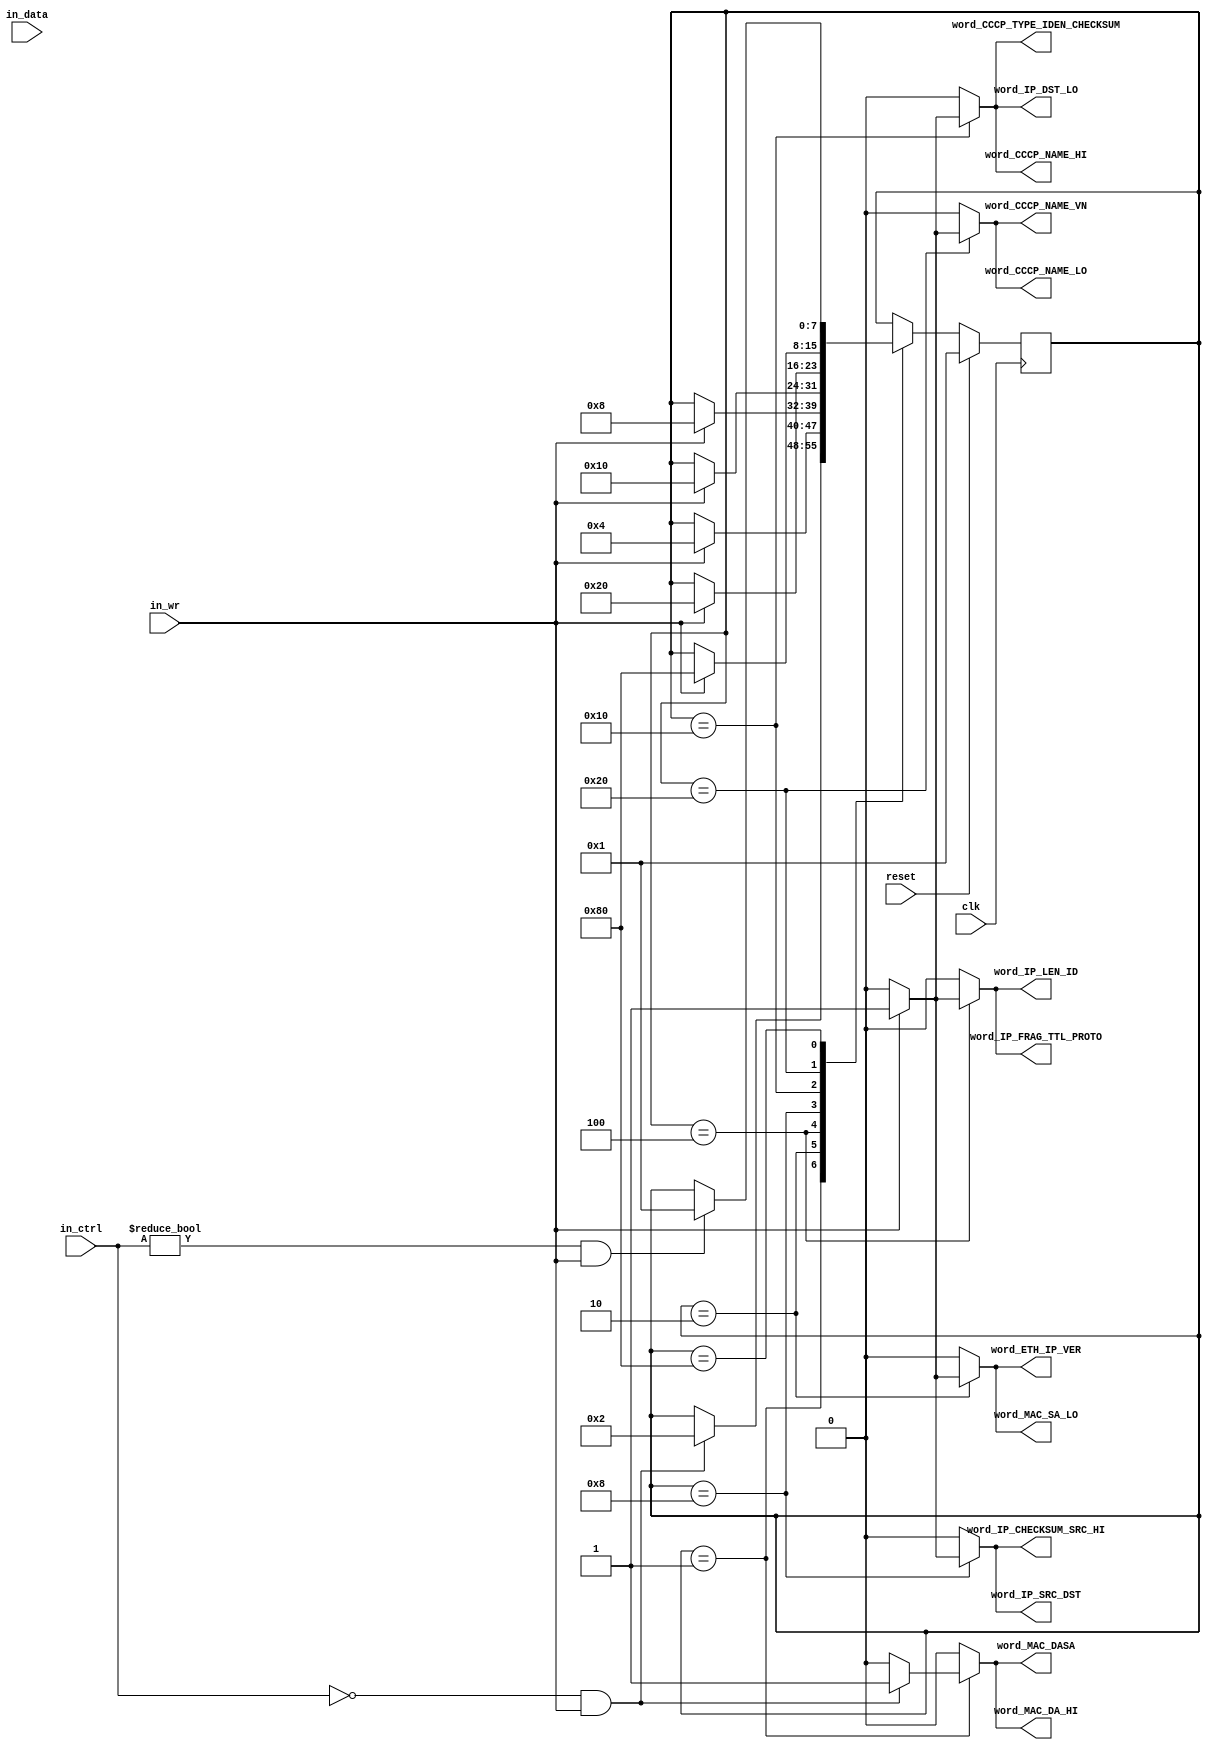
///////////////////////////////////////////////////////////////////////////////
// $Id: preprocess_control.v 1887 2007-06-19 21:33:32Z grg $
//
// Module: preprocess_control.v
// Project: NF2.1
// Description: asserts the appropriate signals for parsing the headers
// Modified for CCDN
///////////////////////////////////////////////////////////////////////////////

  module preprocess_control
    #(parameter DATA_WIDTH = 64,
      parameter CTRL_WIDTH = DATA_WIDTH/8
      )
   (// --- Interface to the previous stage
    input  [DATA_WIDTH-1:0]            in_data,
    input  [CTRL_WIDTH-1:0]            in_ctrl,
    input                              in_wr,		//previous stageinput_arbiter

    // --- Interface to other preprocess blocks
    output reg                         word_MAC_DA_HI,
    output reg                         word_MAC_DASA,
    output reg                         word_MAC_SA_LO,
    output reg                         word_ETH_IP_VER,
    output reg                         word_IP_LEN_ID,
    output reg                         word_IP_FRAG_TTL_PROTO,
    output reg                         word_IP_CHECKSUM_SRC_HI,
    output reg                         word_IP_SRC_DST,
    output reg                         word_IP_DST_LO,
    // --- CCDN
    output reg			       word_CCCP_TYPE_IDEN_CHECKSUM,
    output reg			       word_CCCP_NAME_HI,
    output reg			       word_CCCP_NAME_LO,
    output reg			       word_CCCP_NAME_VN,

    // --- Misc

    input                              reset,
    input                              clk
   );

   function integer log2;
      input integer number;
      begin
         log2=0;
         while(2**log2<number) begin
            log2=log2+1;
         end
      end
   endfunction // log2

   //------------------ Internal Parameter ---------------------------

   localparam SKIP_MODULE_HDRS = 1;
   localparam WORD_1           = 2;
   localparam WORD_2           = 4;
   localparam WORD_3           = 8;
   localparam WORD_4           = 16;
   localparam WORD_5           = 32;
   // --- CCDN
   localparam WORD_6	       = 64;
   localparam WAIT_EOP         = 128;

   //---------------------- Wires/Regs -------------------------------
   // --- CCDN
   reg [7:0]                            state, state_next;//6:0

   //------------------------ Logic ----------------------------------

   always @(*) begin
      state_next = state;
      word_MAC_DA_HI = 0;
      word_MAC_DASA  = 0;
      word_MAC_SA_LO = 0;
      word_ETH_IP_VER = 0;
      word_IP_LEN_ID = 0;
      word_IP_FRAG_TTL_PROTO = 0;
      word_IP_CHECKSUM_SRC_HI = 0;
      word_IP_SRC_DST = 0;
      word_IP_DST_LO = 0;
      // --- CCDN
      word_CCCP_TYPE_IDEN_CHECKSUM = 0;
      word_CCCP_NAME_HI = 0;
      word_CCCP_NAME_LO = 0;
      word_CCCP_NAME_VN = 0;

      case(state)
        SKIP_MODULE_HDRS: begin
           if(in_ctrl==0 && in_wr) begin
              word_MAC_DA_HI = 1;
              word_MAC_DASA  = 1;
              state_next     = WORD_1;
           end
        end

        WORD_1: begin
           if(in_wr) begin
              word_MAC_SA_LO = 1;
              word_ETH_IP_VER = 1;
              state_next = WORD_2;
           end
        end

        WORD_2: begin
           if(in_wr) begin
              word_IP_LEN_ID = 1;
              word_IP_FRAG_TTL_PROTO = 1;
              state_next = WORD_3;
           end
        end

        WORD_3: begin
           if(in_wr) begin
              word_IP_CHECKSUM_SRC_HI = 1;
              word_IP_SRC_DST = 1;
              state_next = WORD_4;
           end
        end

	WORD_4: begin
           if(in_wr) begin
              word_IP_DST_LO = 1;
	      // --- CCDN
	      word_CCCP_TYPE_IDEN_CHECKSUM = 1;
	      word_CCCP_NAME_HI = 1;
              state_next = WORD_5;
           end
        end

        WORD_5: begin
           if(in_wr) begin
	      // --- CCDN
              word_CCCP_NAME_LO = 1;
	      word_CCCP_NAME_VN = 1;
              state_next = WAIT_EOP;
           end
        end

        WAIT_EOP: begin
           if(in_ctrl!=0 & in_wr) begin
              state_next = SKIP_MODULE_HDRS;
           end
        end
      endcase // case(state)
   end // always @ (*)

   always@(posedge clk) begin
      if(reset) begin
         state <= SKIP_MODULE_HDRS;
      end
      else begin
         state <= state_next;
      end
   end

endmodule // op_lut_hdr_parser